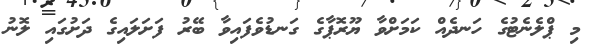
މި ޕްލެނެޓުގެ ހަނދެއް ކަމަށްވާ ޔޫރޮޕާގެ ގަނޑުވެފައިވާ ބޭރު ފަށަލައިގެ ދަށުގައި ލޮނު